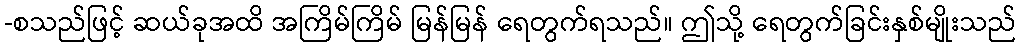
-စသည်ဖြင့် ဆယ်ခုအထိ အကြိမ်ကြိမ် မြန်မြန် ရေတွက်ရသည်။ ဤသို့ ရေတွက်ခြင်းနှစ်မျိုးသည်